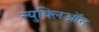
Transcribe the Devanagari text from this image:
न्युक्लिऑन